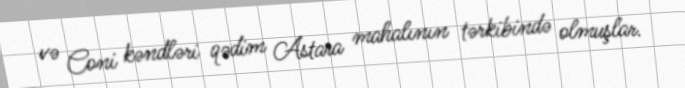
və Coni kəndləri qədim Astara mahalının tərkibində olmuşlar.